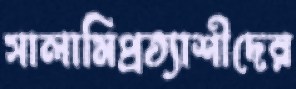
সালামিপ্রত্যাশীদের